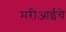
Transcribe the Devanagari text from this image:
मरीआईचे